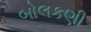
બોલકણી